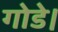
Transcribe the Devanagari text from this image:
गोडे।